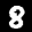
Label: 8